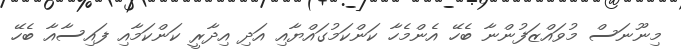
މިނޫނަސް މުވައްޒަފުންނާ ބެހޭ އެންމެހާ ކަންކަމުގައްޔާއި އަދި އިދާރީ ކަންކަމާއި ފައިސާއާ ބެހޭ